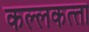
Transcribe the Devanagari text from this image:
कल्‍लकत्‍ता